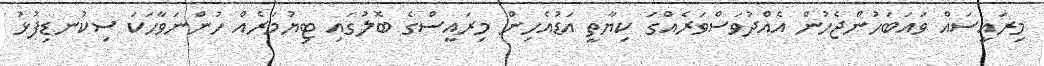
މިރައީސައް ވައަބަހުންޖެހުން އެއްދުވަސްވަރެއްގަ ކިޔާތީ އަޑުއެހިން މިރައީސްގެ ބޮލުގައި ޓިޔުމަރެއް ހުންނަވާހަކަ ސިކުނޑިފުޅު